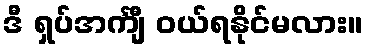
ဒီ ရှပ်အင်္ကျီ ဝယ်ရနိုင်မလား။